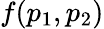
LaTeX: f(p_{1},p_{2})